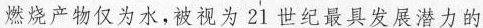
燃烧产物仅为水，被视为21世纪最具发展潜力的